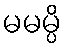
မမမ္ပိ